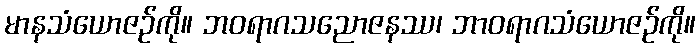
မာနသံယောဇဉ်ကို။ ဘဝရာဂသညောဇနဿ၊ ဘာဝရာဂသံယောဇဉ်ကို။